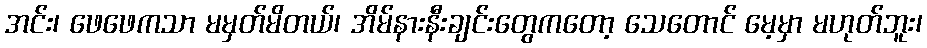
အင်း၊ ဖေဖေကသာ မမှတ်မိတယ်၊ အိမ်နားနီးချင်းတွေကတော့ သေတောင် မေ့မှာ မဟုတ်ဘူး၊